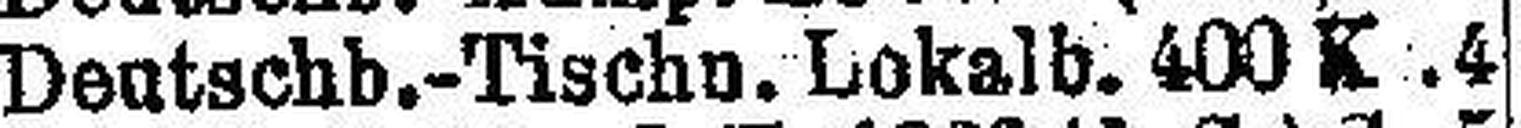
Deutschb.-Tischn. Lokalb. 400 K 4